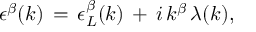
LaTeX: \epsilon ^ { \beta } ( k ) \, = \, \epsilon _ { L } ^ { \beta } ( k ) \, + \, i \, k ^ { \beta } \, \lambda ( k ) ,